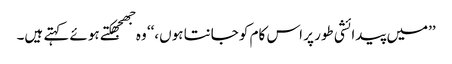
’’میں پیدائشی طور پر اس کام کو جانتا ہوں،‘‘ وہ جھجھکتے ہوئے کہتے ہیں۔